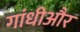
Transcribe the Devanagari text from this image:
गांधीऔर